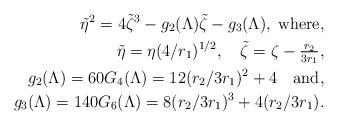
LaTeX: \begin{align*}\tilde{\eta}^2= 4\tilde{\zeta}^3-g_2(\Lambda)\tilde{\zeta}-g_3(\Lambda), \;\textrm{where},\\ \tilde{\eta}=\eta (4/r_1)^{1/2},\quad\tilde{\zeta}=\zeta -\tfrac{r_2}{3r_1}, \\g_2(\Lambda)=60 G_4(\Lambda)= 12(r_2/3r_1)^2+4\quad\textrm{and},\\g_3(\Lambda)=140 G_6(\Lambda)=8(r_2/3r_1)^3+4(r_2/3r_1).\end{align*}